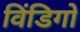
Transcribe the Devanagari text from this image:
विंडिगो